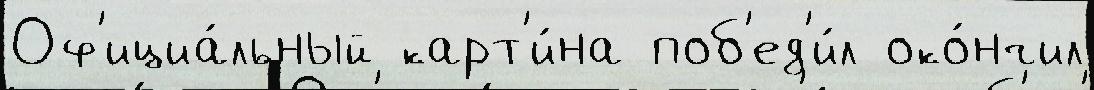
Оф'ициа́льный карт'и́на поб'ед'и́л око́нчил